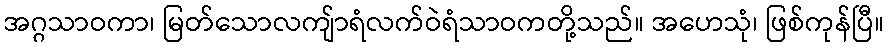
အဂ္ဂသာဝကာ၊ မြတ်သောလကျ်ာရံလက်ဝဲရံသာဝကတို့သည်။ အဟေသုံ၊ ဖြစ်ကုန်ပြီ။